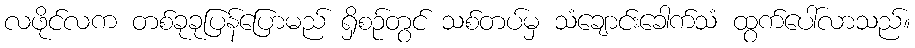
လဖိုင်လက တစ်ခုခုပြန်ပြောမည် ရှိစဉ်တွင် သစ်တပ်မှ သံချောင်းခေါက်သံ ထွက်ပေါ်လာသည်။